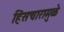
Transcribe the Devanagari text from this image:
हिंसचारामुळे